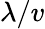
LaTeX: \lambda/v